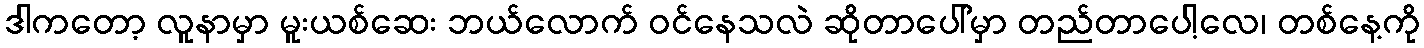
ဒါကတော့ လူနာမှာ မူးယစ်ဆေး ဘယ်လောက် ဝင်နေသလဲ ဆိုတာပေါ်မှာ တည်တာပေါ့လေ၊ တစ်နေ့ကို